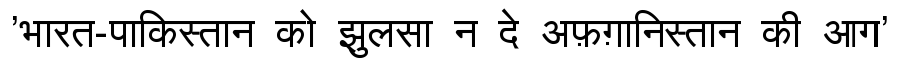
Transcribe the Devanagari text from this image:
'भारत-पाकिस्तान को झुलसा न दे अफ़ग़ानिस्तान की आग'